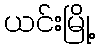
ယင်းမြို့